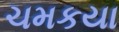
ચમકયા